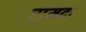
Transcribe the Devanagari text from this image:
रामदा